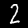
Label: 2